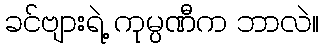
ခင်ဗျားရဲ့ ကုမ္ပဏီက ဘာလဲ။